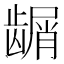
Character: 𬺑